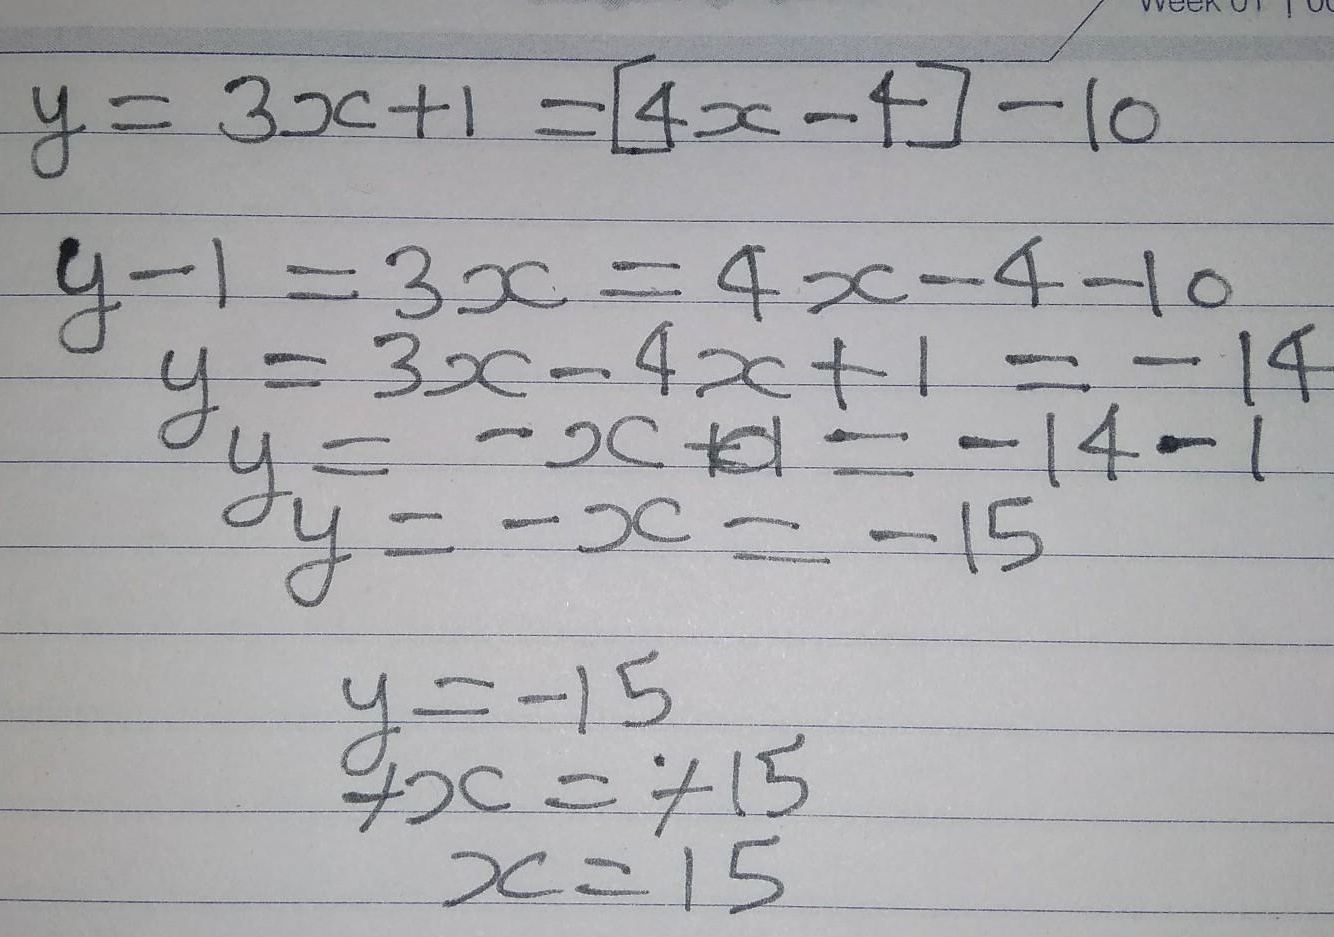
\[
\begin{align*}
y&=3x + 1=[4x - 4]-10\\
y - 1&=3x=4x - 4-10\\
y&=3x - 4x + 1=-14\\
y&=-x + 1=-14 - 1\\
y&=-x=-15\\
y&=-15\\
x&=15
\end{align*}
\]